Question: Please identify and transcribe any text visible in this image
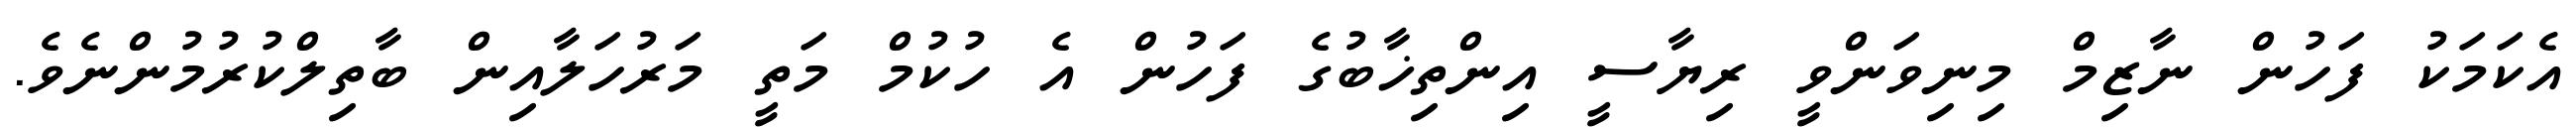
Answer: އެކަމަކު ފަހުން ނާޒިމް މިނިވަންވީ ރިޔާސީ އިންތިޚާބުގެ ފަހުން އެ ހުކުމް މަތީ މަރުހަލާއިން ބާތިލްކުރުމުންނެވެ.